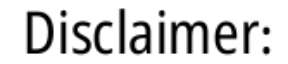
Disclaimer: